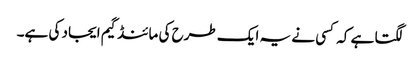
لگتا ہے کہ کسی نے یہ ایک طرح کی مائنڈ گیم ایجاد کی ہے۔